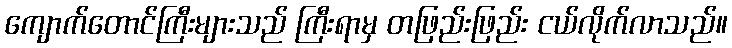
ကျောက်တောင်ကြီးများသည် ကြီးရာမှ တဖြည်းဖြည်း ငယ်လိုက်လာသည်။